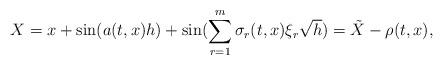
LaTeX: \begin{align*}X=x+\sin(a(t,x)h)+\sin(\sum_{r=1}^{m}\sigma_{r}(t,x)\xi_{r}\sqrt{h} )=\tilde{X}-\rho(t,x), \end{align*}